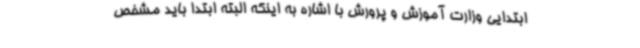
ابتدایی وزارت آموزش و پرورش با اشاره به اینکه البته ابتدا باید مشخص